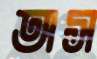
অস